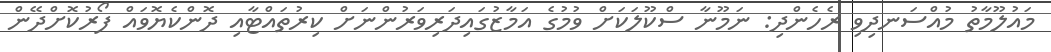
މައުލޫމާތު މުއްސަނދިވި ރެހެންދި: ނަމޫނާ ސްކޫލަކަށް ވުމުގެ އަމާޒުގައިދަރިވަރުންނަށް ކިރުތައްޓާއި ދޮންކެޔޮވައް ފޯރުކޮށްދޭން